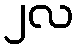
၂လ